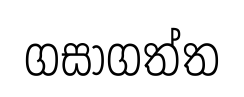
ගසාගත්ත